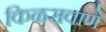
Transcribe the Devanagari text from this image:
किळसवाणे